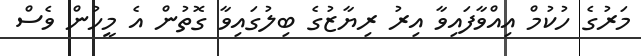
މަރުގެ ހުކުމް އިއްވާފައިވާ އިރު ރިޔާޒުގެ ބިލުގައިވާ ގޮތުން އެ މީހުން ވެސް